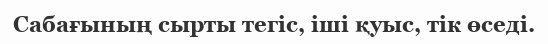
Сабағының сырты тегіс, іші қуыс, тік өседі.